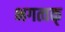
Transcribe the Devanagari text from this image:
भगत्वक्